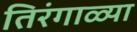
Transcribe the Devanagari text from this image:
तिरंगाळ्या